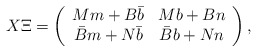
\begin{align*}X \Xi = \left( \begin{array}{cc} M m + B \bar{b} & M b + B n \\ \bar{B} m + N \bar{b} & \bar{B} b + N n \end{array} \right) ,\end{align*}